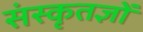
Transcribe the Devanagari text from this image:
संस्कृतज्ञों